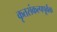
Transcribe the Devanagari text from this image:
कृतसंकल्पपूर्वक